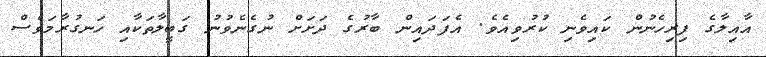
އާއިލާގެ ފިރިހެނުން ކައިވެނި ކުރުވިއެވެ. އެފަދައިން ބާރުގެ ދަށަށް ނުގެނެވުނު ގަބީލާތަކާއި ހަނގުރާމަވެސް